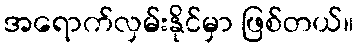
အရောက်လှမ်းနိုင်မှာ ဖြစ်တယ်။